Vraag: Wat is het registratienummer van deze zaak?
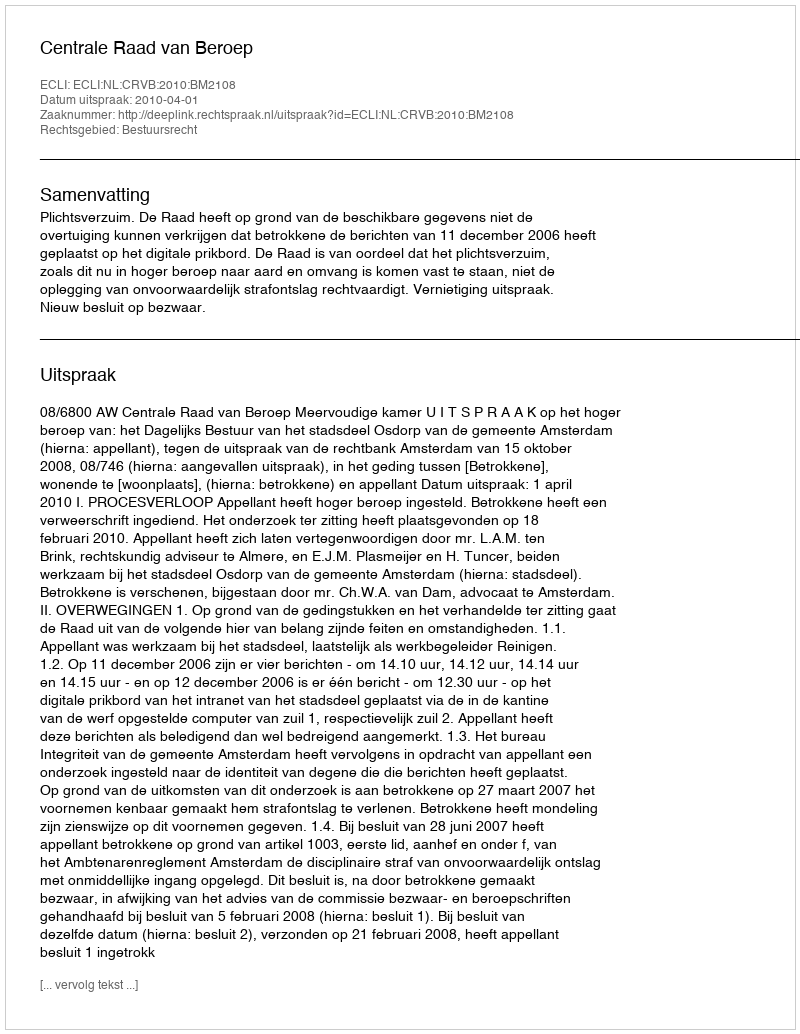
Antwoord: http://deeplink.rechtspraak.nl/uitspraak?id=ECLI:NL:CRVB:2010:BM2108